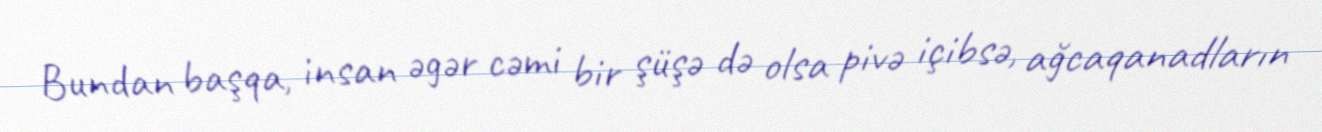
Bundan başqa, insan əgər cəmi bir şüşə də olsa pivə içibsə, ağcaqanadların